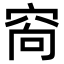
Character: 𥥩